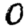
Digit: 0